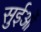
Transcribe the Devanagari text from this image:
सुईओं